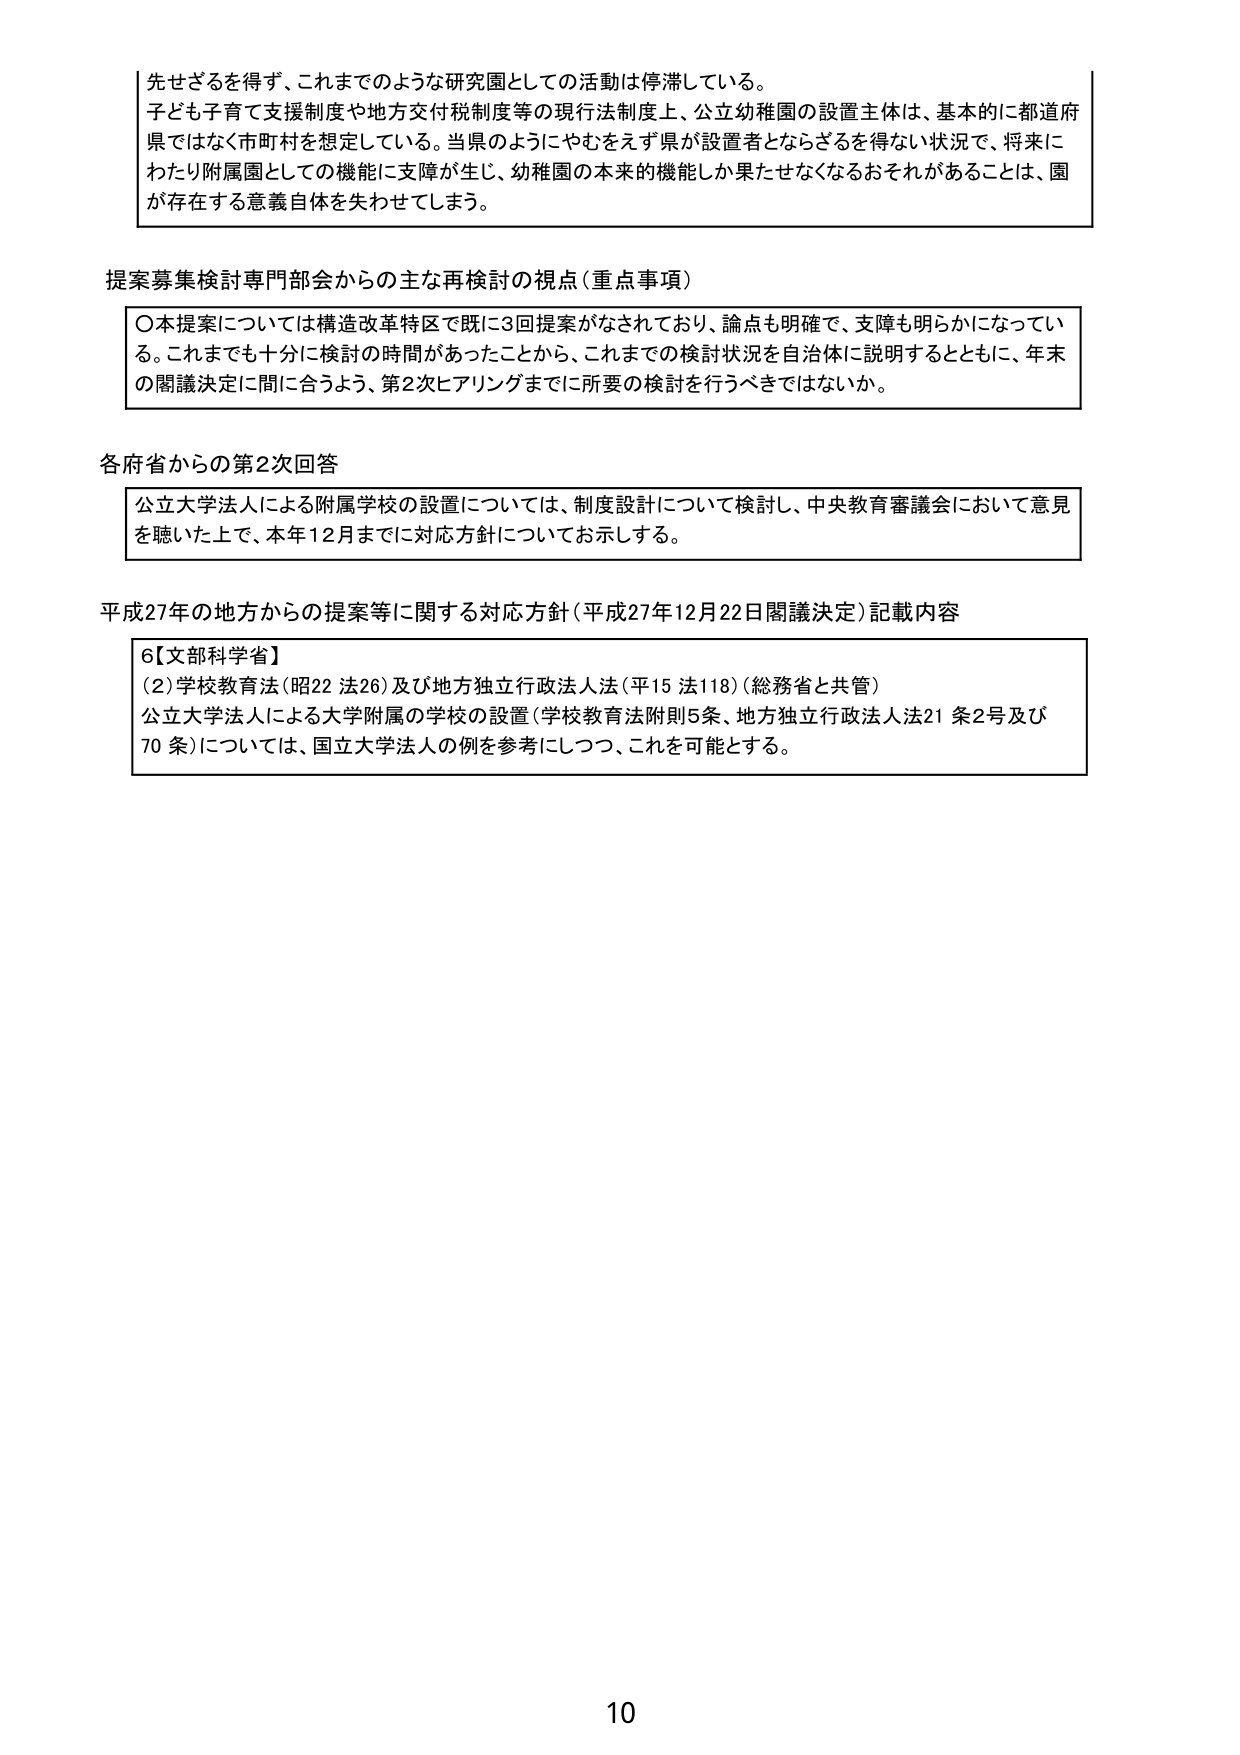
先せざるを得ず、これまでのような研究園としての活動は停滞している。
子ども子育て支援制度や地方交付税制度等の現行法制度上、公立幼稚園の設置主体は、基本的に都道府県ではなく市町村を想定している。当県のようにやむをえず県が設置者とならざるを得ない状況で、将来にわたり附属園としての機能に支障が生じ、幼稚園の本来的機能しか果たせなくなるおそれがあることは、園が存在する意義自体を失わせてしまう。

提案募集検討専門部会からの主な再検討の視点（重点事項）
〇本提案については構造改革特区で既に3回提案がなされており、論点も明確で、支障も明らかになっている。これまでも十分に検討の時間があったことから、これまでの検討状況を自治体に説明するとともに、年末の閣議決定に間に合うよう、第2次ヒアリングまでに所要の検討を行うべきではないか。

各府省からの第2次回答
公立大学法人による附属学校の設置については、制度設計について検討し、中央教育審議会において意見を聴いた上で、本年12月までに対応方針についてお示しする。

平成27年の地方からの提案等に関する対応方針（平成27年12月22日閣議決定）記載内容
6【文部科学省】
(2) 学校教育法（昭22 法26）及び地方独立行政法人法（平15 法118）（総務省と共管）
公立大学法人による大学附属の学校の設置（学校教育法附則5条、地方独立行政法人法21 条2号及び70 条）については、国立大学法人の例を参考にしつつ、これを可能とする。

10